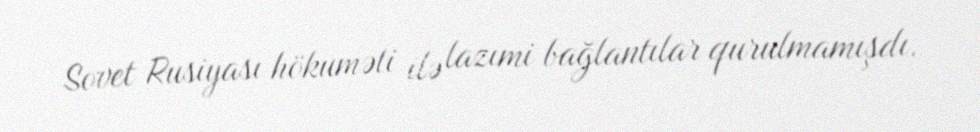
Sovet Rusiyası hökuməti ilə lazımi bağlantılar qurulmamışdı.